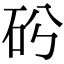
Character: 𥐤